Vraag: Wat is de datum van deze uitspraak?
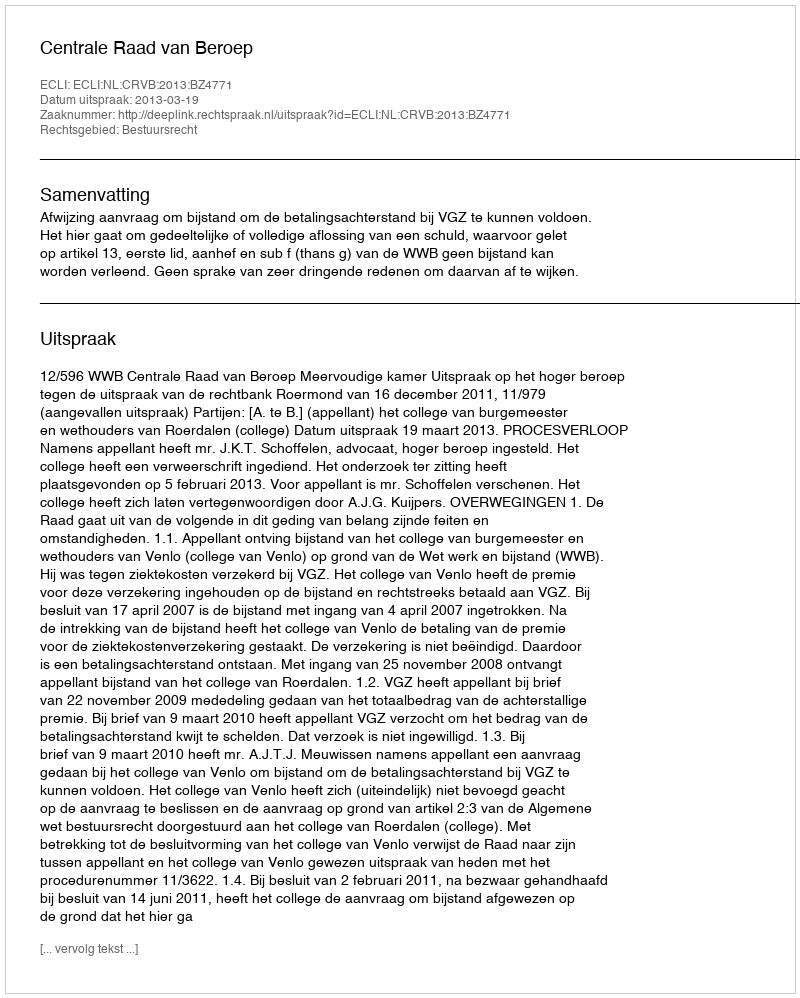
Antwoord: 2013-03-19